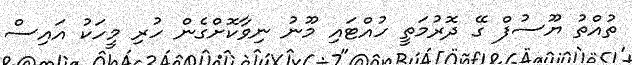
ތުއްތު ޔޫސުފް ގޭ ދޮރުމަތީ ހުއްޓައި މޫނު ނިވާކޮށްގެން ހުރި މީހަކު އައިސް